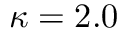
\kappa = 2 . 0